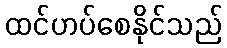
ထင်ဟပ်စေနိုင်သည်